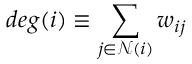
d e g ( { i } ) \equiv \sum _ { j \in \mathcal { N } ( i ) } w _ { i j }